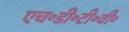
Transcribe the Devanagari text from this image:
एच॰डी॰टी॰वी॰